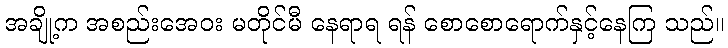
အချို့က အစည်းအေဝး မတိုင်မီ နေရာရ ရန် စောစောရောက်နှင့်နေကြ သည်။